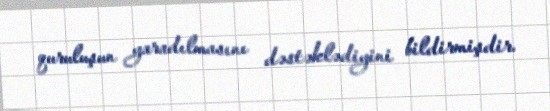
quruluşun yaradılmasını dəstəklədiyini bildirmişdir.